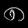
Digit: ၈